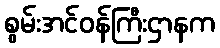
စွမ်းအင်ဝန်ကြီးဌာနက